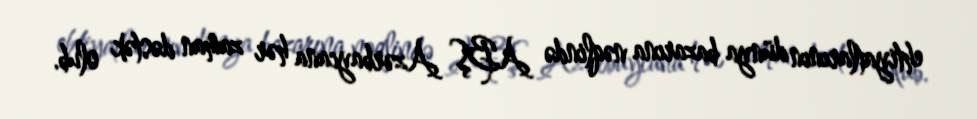
ehtiyatlarının dünya bazarına nəqlində ABŞ Azərbaycana hər zaman dəstək olub.